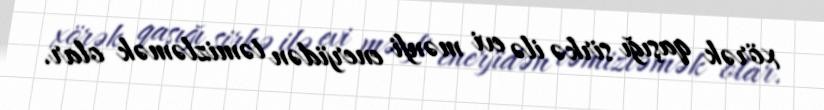
xörək qaşığı sirkə ilə evi mənfi enerjidən təmizləmək olar.